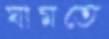
ঘামতে